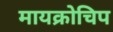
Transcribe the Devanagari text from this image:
मायक्रोचिप